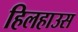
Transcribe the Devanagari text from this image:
हिलहाउस